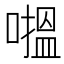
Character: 𱔸